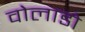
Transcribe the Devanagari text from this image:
वोलाडो